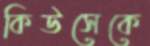
কিউসেকে